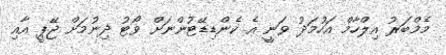
މެމްބަރު އިލްހާމް އަހުމަދު ވަނީ އެ ކެންޑިޑޭޓުންނަށް ވޯޓު ދިނުމަށް ޖޭޕީ އާއި